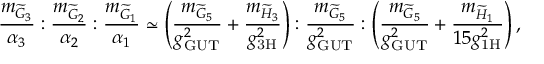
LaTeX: \frac { m _ { \widetilde { G } _ { 3 } } } { \alpha _ { 3 } } : \frac { m _ { \widetilde { G } _ { 2 } } } { \alpha _ { 2 } } : \frac { m _ { \widetilde { G } _ { 1 } } } { \alpha _ { 1 } } \simeq \left( \frac { m _ { \widetilde { G } _ { 5 } } } { g _ { \mathrm { G U T } } ^ { 2 } } + \frac { m _ { \widetilde { H } _ { 3 } } } { g _ { \mathrm { 3 H } } ^ { 2 } } \right) : \frac { m _ { \widetilde { G } _ { 5 } } } { g _ { \mathrm { G U T } } ^ { 2 } } : \left( \frac { m _ { \widetilde { G } _ { 5 } } } { g _ { \mathrm { G U T } } ^ { 2 } } + \frac { m _ { \widetilde { H } _ { 1 } } } { 1 5 g _ { \mathrm { 1 H } } ^ { 2 } } \right) ,